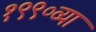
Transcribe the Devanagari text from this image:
१९९०व्या